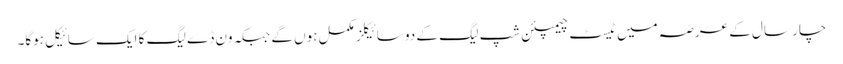
چار سال کے عرصہ میں ٹیسٹ چیمپئن شپ لیگ کے دو سائیکلز مکمل ہوں گے جبکہ ون ڈے لیگ کا ایک سائیکل ہوگا۔